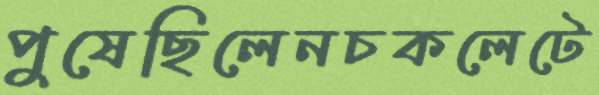
পুষেছিলেনচকলেটে